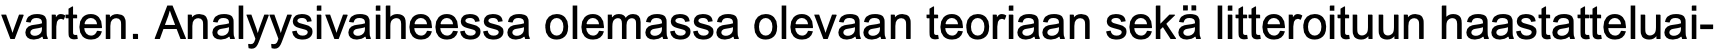
varten. Analyysivaiheessa olemassa olevaan teoriaan sekä litteroituun haastatteluai-